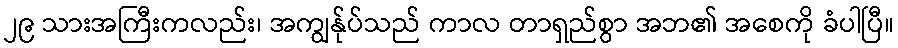
၂၉ သားအကြီးကလည်း၊ အကျွန်ုပ်သည် ကာလ တာရှည်စွာ အဘ၏ အစေကို ခံပါပြီ။